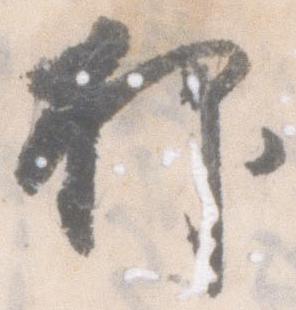
抑